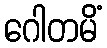
ဂေါတမိံ